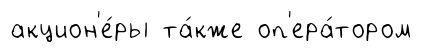
акцион'е́ры та́кже оп'ера́тором